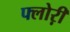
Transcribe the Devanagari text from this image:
फ्लोऱी